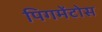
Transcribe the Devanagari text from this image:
पिगमेंटोस